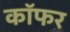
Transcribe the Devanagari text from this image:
कॉफर